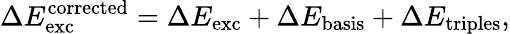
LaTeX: \Delta E_{\mathrm{exc}}^{\mathrm{corrected}}=\Delta E_{\mathrm{exc}}+\Delta E_{\mathrm{basis}}+\Delta E_{\mathrm{triples}},